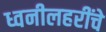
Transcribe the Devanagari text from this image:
ध्वनीलहरींचे